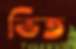
ভিত